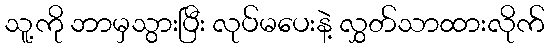
သူ့ကို ဘာမှသွားပြီး လုပ်မပေးနဲ့ လွှတ်သာထားလိုက်